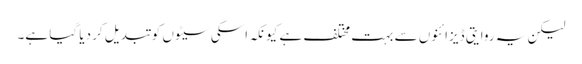
لیکن یہ روایتی ڈیزائنوں سے بہت مختلف ہے کیونکہ اسکی سیٹوں کو تبدیل کر دیا گیا ہے۔